Report of the Municipal Commissioner on the plague in Bombay for the year ending 31st May... - Volume 2
Disease focus: Plague
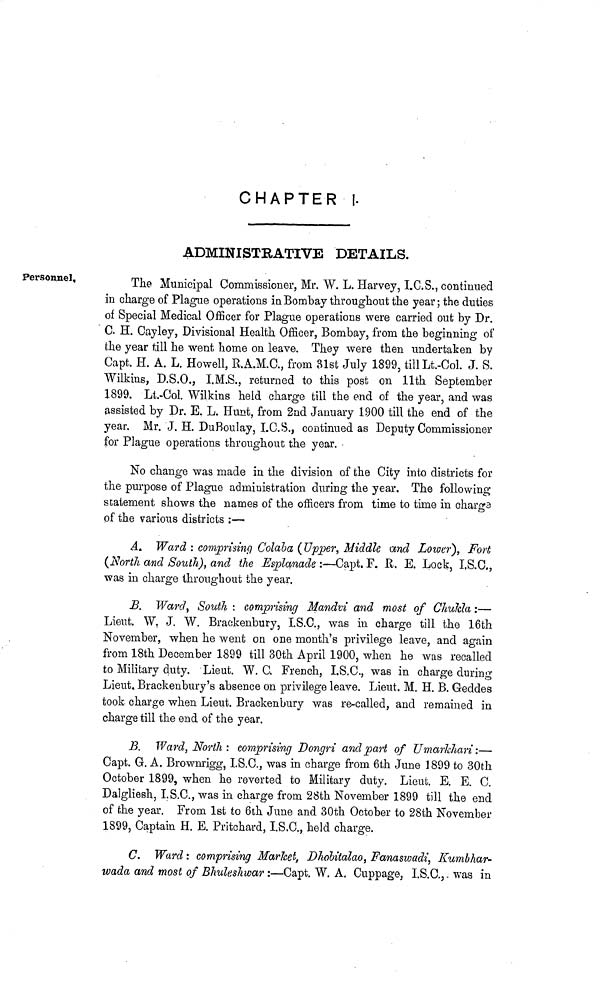
CHAPTER
1.
ADMINISTEATIVE DETAILS.
Personnel,
The Municipal Commissioner, Mr. W. L. Harvey, I.C.S., continued
in charge of Plague operations in Bombay throughout the year; the duties
oí Special Medical Officer for Plague operations were carried out by Dr.
C. H. Cayley, Divisional Health Officer, Bombay, from the beginning of
the year till he went home on leave. They were then undertaken by
Capt. H. A. L. Howell, R.A.M.C., from 31st July 1899, till Lt.-Col. J. S.
Wilkins, D.S.O., I.M.S., returned to this post on llth September
1899. Lt.-Gol. Wilkins held charge till the end of the year, and was
assisted by Dr. E. L. Hunt, from 2nd January 1900 till the end of the
year. Mr. J. H. DuBoulay, I.C.S., continued as Deputy Commissioner
for Plague operations throughout the year.
No change was made in the division of the City into districts for
the purpose of Plague administration during the year. The following
statement shows the names of the officers from time to time in charg3
of the various districts ;—
A. Ward : comprising Colaba (Upper, Middle and Lower}, Fort
(¿forth and South), and the Esplanade :—Capt. F. R. E. Lock, I,S.C.,
was in charge throughout the year,
B. Ward, South : comprising Mandvi and most of Chukla :—
Lieut. W. J. W. Braokenbury, I.S.C., was in charge till the 16th
November, when he went on one month's privilege leave, and again
from 18th December 1899 till 30th April 1900, when he was recalled
to Military duty. Lieut. W. C. French, I.S.C., was in charge during
Lieut, Brackenbury's absence on privilege leave. Lieut. M. H. B. Gecldes
took charge when Lieut. Brackenbury was re-called, and remained in
charge till the end of the year.
B. Ward, North : comprising Dongri and part of UmarJchari:—
Capt. G. A, Brownrigg, I.S.C., was in charge from 6th June 1899 to 30th
October 1899, when he reverted to Military duty. Lieut. E. E. C.
Dalgliesh, I.S.C., was in charge from 28th November 1899 till the end
of fche year. From 1st to 6th June and 30th October to 28th November
1899, Captain H. E. Pritchard, I.S.C., held charge.
C. Ward: comprising Market, DJiolitalao, Fanaswadi, Kumbhar-
wada and most of Bhuleshwar :—Capt. W. A. Cuppage, I.S.C.j was in